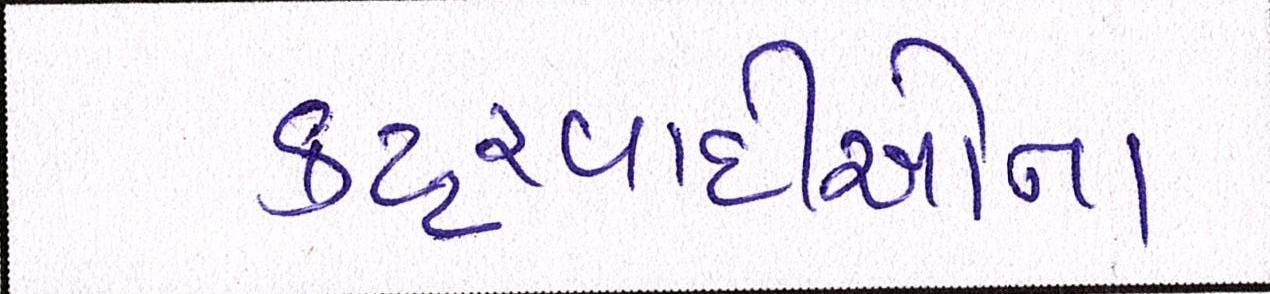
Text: કટ્ટરવાદીઓના